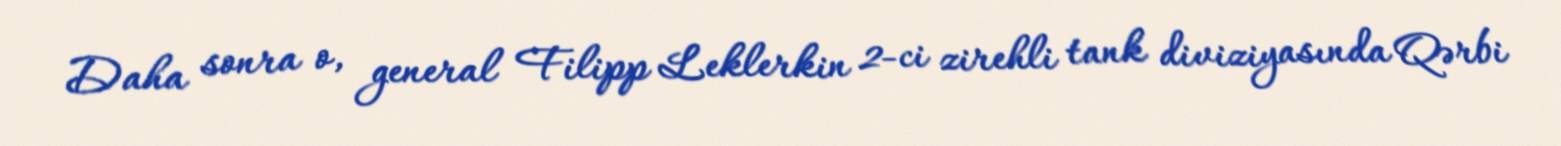
Daha sonra o, general Filipp Leklerkin 2-ci zirehli tank diviziyasında Qərbi